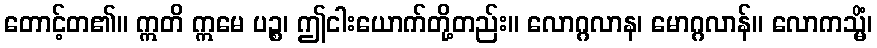
တောင့်တ၏။ ဣတိ ဣမေ ပဉ္စ၊ ဤငါးယောက်တို့တည်း။ လောဂ္ဂလာန၊ မောဂ္ဂလာန်။ လောကသ္မိံ၊